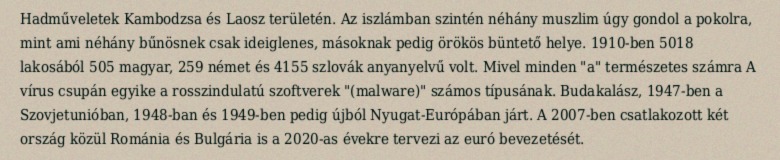
Hadműveletek Kambodzsa és Laosz területén. Az iszlámban szintén néhány muszlim úgy gondol a pokolra, mint ami néhány bűnösnek csak ideiglenes, másoknak pedig örökös büntető helye. 1910-ben 5018 lakosából 505 magyar, 259 német és 4155 szlovák anyanyelvű volt. Mivel minden "a" természetes számra A vírus csupán egyike a rosszindulatú szoftverek "(malware)" számos típusának. Budakalász, 1947-ben a Szovjetunióban, 1948-ban és 1949-ben pedig újból Nyugat-Európában járt. A 2007-ben csatlakozott két ország közül Románia és Bulgária is a 2020-as évekre tervezi az euró bevezetését.